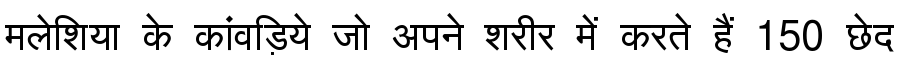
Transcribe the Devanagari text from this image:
मलेशिया के कांवड़िये जो अपने शरीर में करते हैं 150 छेद